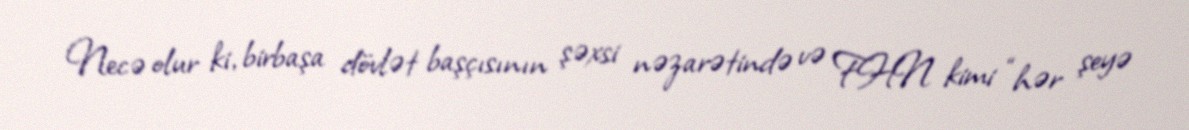
Necə olur ki, birbaşa dövlət başçısının şəxsi nəzarətində və FHN kimi “hər şeyə